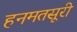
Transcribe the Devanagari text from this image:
हनमतसूरी